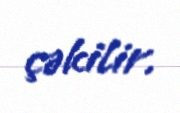
çəkilir.